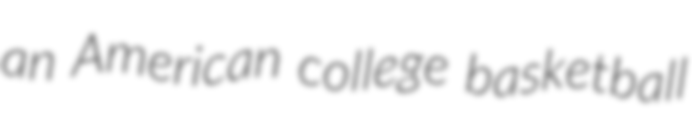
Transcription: an American college basketball